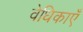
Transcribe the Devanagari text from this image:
वेधिकाएँ